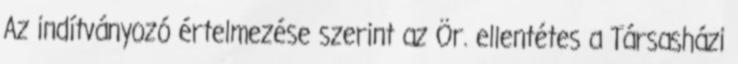
Az indítványozó értelmezése szerint az Ör. ellentétes a Társasházi